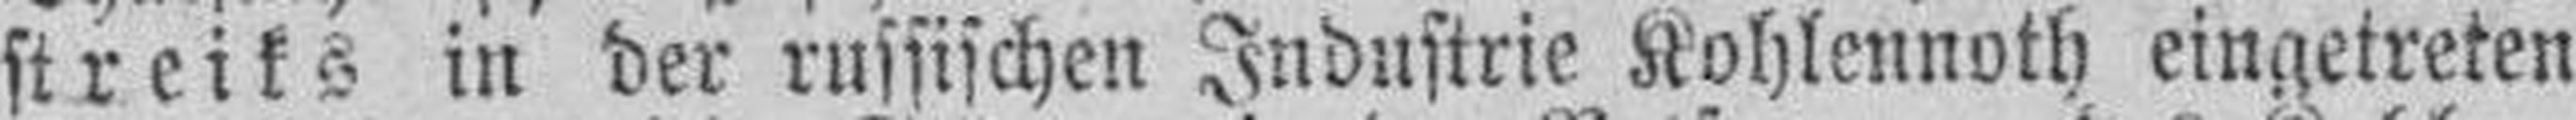
streiks in der russischen Industrie Kohlennoth eingetreten